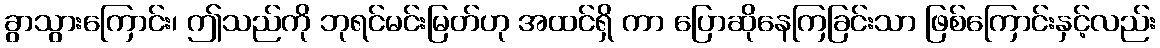
ခွာသွားကြောင်း၊ ဤသည်ကို ဘုရင်မင်းမြတ်ဟု အထင်ရှိ ကာ ပြောဆိုနေကြခြင်းသာ ဖြစ်ကြောင်းနှင့်လည်း